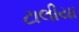
ટાલીયા